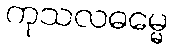
ကုသလဓမ္မေ